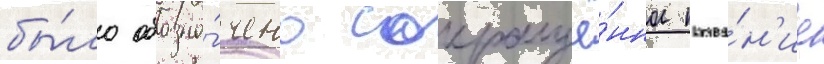
бы́ло обозна́чено сокращё́нное назва́н'ие